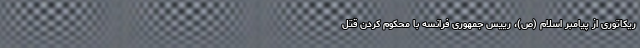
ریکاتوری از پیامبر اسلام (ص)، رییس جمهوری فرانسه با محکوم کردن قتل